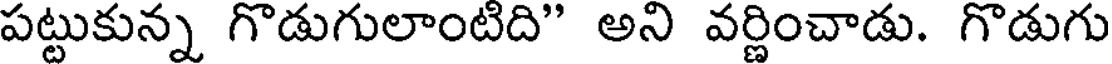
పట్టుకున్న గొడుగులాంటిది" అని వర్ణించాడు. గొడుగు